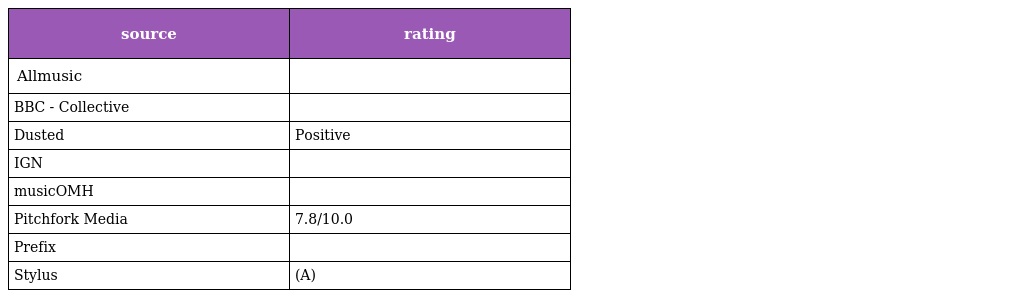
| source | rating |
 | --- | --- |
 | Allmusic |  |
 | BBC - Collective |  |
 | Dusted | Positive |
 | IGN |  |
 | musicOMH |  |
 | Pitchfork Media | 7.8/10.0 |
 | Prefix |  |
 | Stylus | (A) |